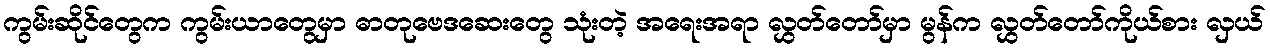
ကွမ်းဆိုင်တွေက ကွမ်းယာတွေမှာ ဓာတုဗေဒဆေးတွေ သုံးတဲ့ အရေးအရာ လွှတ်တော်မှာ မွန်က လွှတ်တော်ကိုယ်စား လှယ်